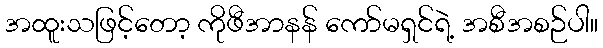
အထူးသဖြင့်တော့ ကိုဖီအာနန် ကော်မရှင်ရဲ့ အစီအစဉ်ပါ။